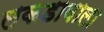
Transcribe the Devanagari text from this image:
लकडावाला